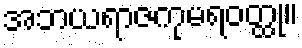
အဘယရာဇကုမရဝတ္ထု။